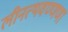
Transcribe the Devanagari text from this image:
लीनत्थवण्णणा